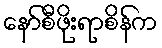
နော်စီဖိုးရာစိန်က